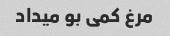
مرغ کمی بو میداد